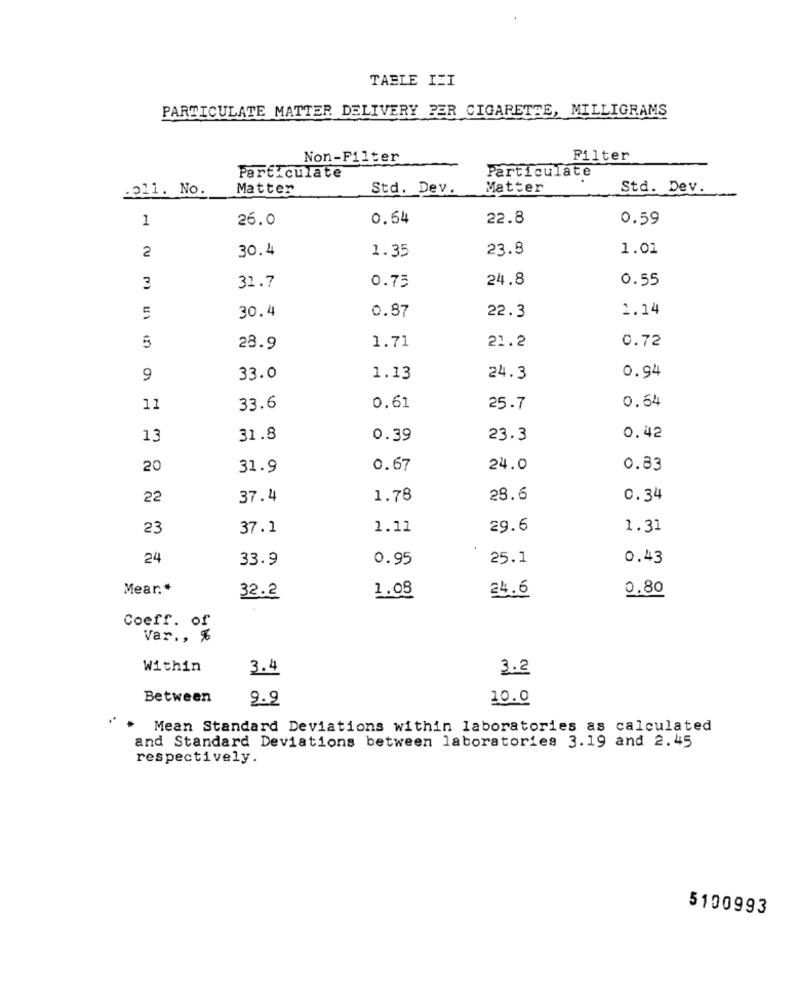
TABLE III
PARTICULATE MATTER DELIVERY BER CIGARETTE, MILLIGRAMS
Non-Filter
Filter
Particulate
Particulate
2011. No.
Matter
Std. Dev.
Matter
Std. Dev.
1
26.0
0.54
22.8
0.59
2
30.4
1.35
23.8
1.01
0.75
24.8
0.55
3
31.7
30.4
0.87
1.14
5
22.3
1.71
21.2
0.72
28.9
9
33.0
1.13
24.3
0.94
0.64
11
33.6
0.61
25.7
13
31.8
0.39
23.3
0.42
20
31.9
0.67
24.0
0.83
22
37.4
1.78
28.6
0.34
23
37.1
1.11
29.6
1.31
24
33.9
0.95
25.1
0.43
Mear .*
1.08
24.6
0.80
32.2
Coeff. of
Var ., %
Within
3.4
3.2
Between
9.9
10.0
* Mean Standard Deviations within laboratories as calculated
and Standard Deviations between laboratories 3.19 and 2.45
respectively.
5100993